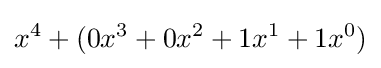
x^{4}+(0x^{3}+0x^{2}+1x^{1}+1x^{0})